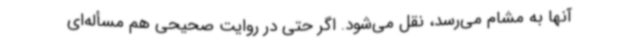
آنها به مشام می‌رسد، نقل می‌شود. اگر حتی در روایت صحیحی هم مسأله‌ای